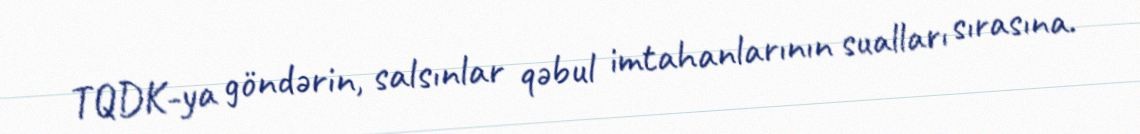
TQDK-ya göndərin, salsınlar qəbul imtahanlarının sualları sırasına.